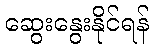
ဆွေးနွေးနိုင်ရန်